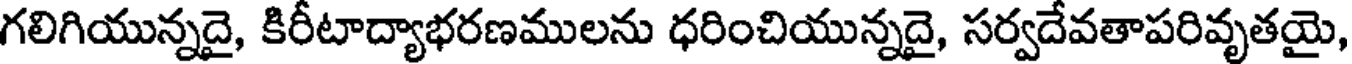
గలిగియున్నదై, కిరీటాద్యాభరణములను ధరించియున్నదై, సర్వదేవతాపరివృతయై,